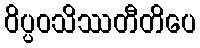
ဝိပ္ပဝသိဿတီတိပေ